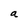
Character: a